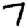
Digit: 7